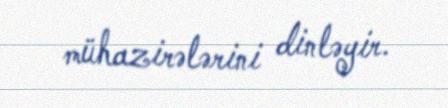
mühazirələrini dinləyir.